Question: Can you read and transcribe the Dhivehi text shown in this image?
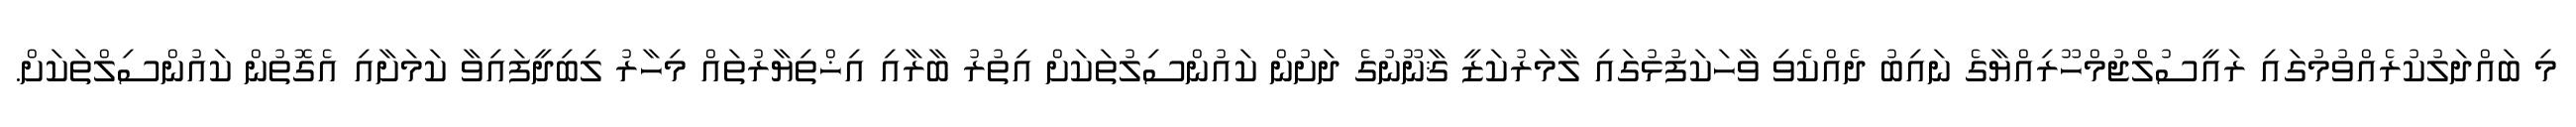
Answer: މި ބައްދަލުކުރެއްވުމުގައި ރައީސުލްޖުމްހޫރިއްޔާގެ ނައިބު ދެއްކެވި ވާހަކަފުޅުގައި ލާމަރުކަޒީ ޤާނޫނުގެ ދަށުން ކައުންސިލުތަކަށް އިތުރު ބާރާއި އިޚްތިޔާރުތައް މިހާރު ލިބިދީފައިވާ ކަމަށާއި އެގޮތުން ކައުންސިލްތަކަށް.